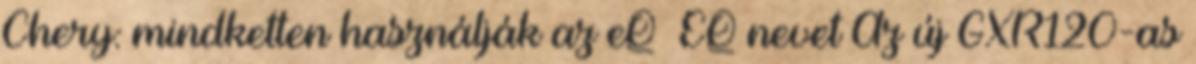
Chery: mindketten használják az eQ EQ nevet Az új GXR120-as